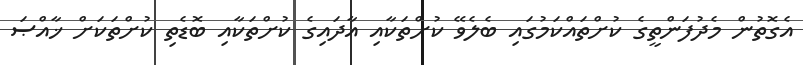
އެގޮތުން މެދުފަންތީގެ ކުށްތައްކަމުގައި ބެލެވޭ ކުށްތަކާއި އާދައިގެ ކުށްތަކާއި ބޮޑެތި ކުށްތަކަށް ޚާއްޞަ